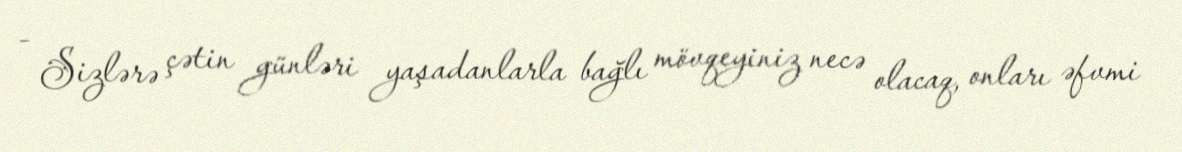
- Sizlərə çətin günləri yaşadanlarla bağlı mövqeyiniz necə olacaq, onları əfvmi